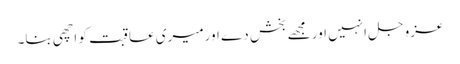
عزوجل انہیں اور مجھے بخش دے اورمیری عاقبت کو اچھی بنا۔